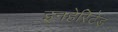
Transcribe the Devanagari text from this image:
इनहेरिटेड